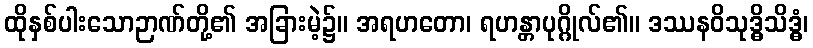
ထိုနှစ်ပါးသောဉာဏ်တို့၏ အခြားမဲ့၌။ အရဟတော၊ ရဟန္တာပုဂ္ဂိုလ်၏။ ဒဿနဝိသုဒ္ဓိသိဒ္ဓံ၊